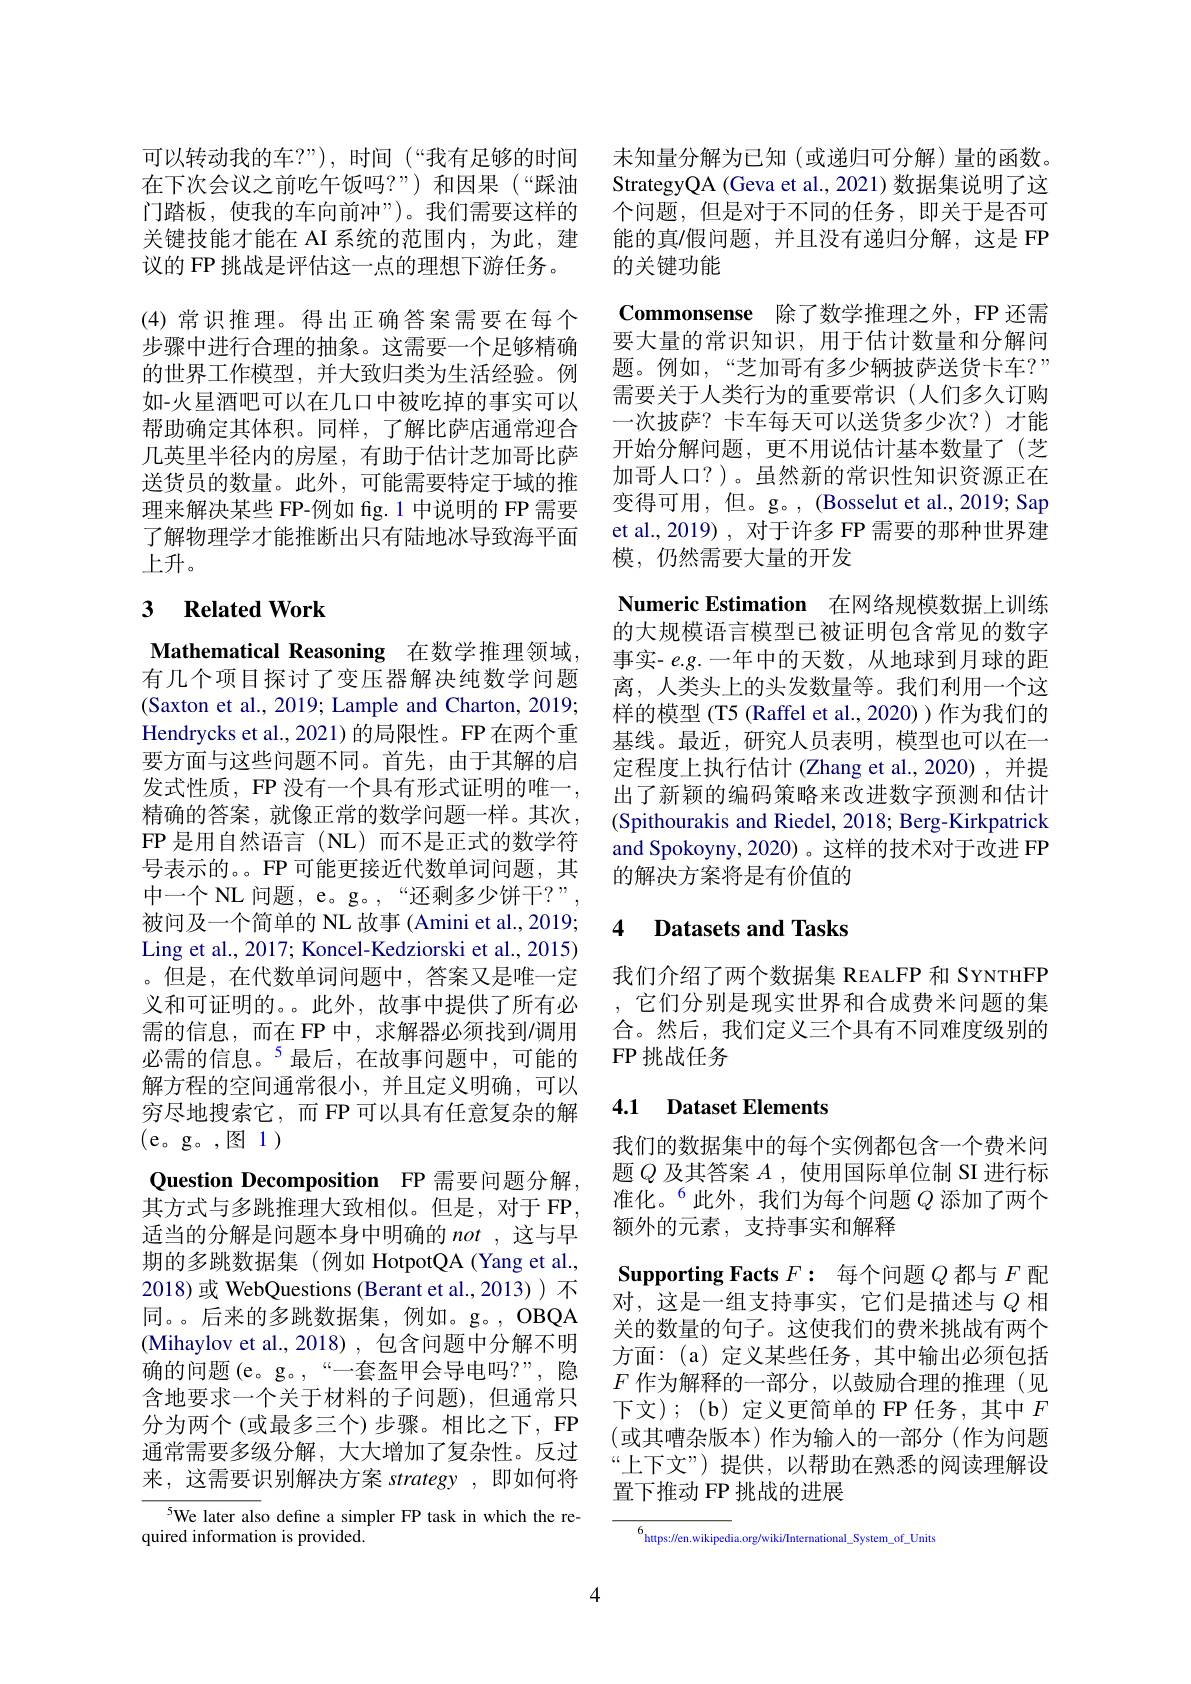
在下次会议之前吃午饭吗？”)和因果(“踩油门踏板，使我的车向前冲”)。我们需要这样的关键技能才能在 AI 系统的范围内，为此，建议的 FP 挑战是评估这一点的理想下游任务。
(4)常识推理。得出正确答案需要在每个步骤中进行合理的抽象。这需要一个足够精确的世界工作模型，并大致归类为生活经验。例如-火星酒吧可以在几口中被吃掉的事实可以帮助确定其体积。同样，了解比萨店通常迎合几英里半径内的房屋，有助于估计芝加哥比萨送货员的数量。此外，可能需要特定于域的推理来解决某些 FP-例如 fig. 1 中说明的 FP 需要了解物理学才能推断出只有陆地冰导致海平面上升。

## 3 $\textbf{Related Work}$

Mathematical Reasoning 在数学推理领域有几个项目探讨了变压器解决纯数学问题(Saxton et al., 2019; Lample and Charton, 2019; Hendrycks et al., 2021) 的局限性。FP 在两个重要方面与这些问题不同。首先，由于其解的启发式性质，FP 没有一个具有形式证明的唯一， 精确的答案，就像正常的数学问题一样。其次， FP 是用自然语言(NL)而不是正式的数学符号表示的。。FP 可能更接近代数单词问题，其中一个 NL 问题，e。g。,“还剩多少饼干？”, 被问及一个简单的 NL 故事 (Amini et al., 2019; Ling et al., 2017; Koncel-Kedziorski et al., 2015) 。但是，在代数单词问题中，答案又是唯一定义和可证明的。。此外，故事中提供了所有必需的信息，而在 FP 中，求解器必须找到/调用必需的信息。$^{5}$最后，在故事问题中，可能的解方程的空间通常很小，并且定义明确，可以穷尽地搜索它，而 FP 可以具有任意复杂的解(e。g。,图1)
Question Decomposition FP 需要问题分解其方式与多跳推理大致相似。但是，对于 FP, 适当的分解是问题本身中明确的not ,这与早期的多跳数据集(例如 HotpotQA(Yang et al., 2018)或 WebQuestions (Berant et al.,2013)) 不同。。后来的多跳数据集，例如。g。,OBQA (Mihaylov et al.,2018),包含问题中分解不明确的问题(e。g。,“一套盔甲会导电吗？”,隐含地要求一个关于材料的子问题),但通常只分为两个 (或最多三个)步骤。相比之下，FP 通常需要多级分解，大大增加了复杂性。反过来，这需要识别解决方案 strategy,即如何将
$^{5}$We later also define a simpler FP task in which the re-

quired information is provided.

4

可以转动我的车？”),时间(“我有足够的时间 未知量分解为已知(或递归可分解)量的函数。
StrategyQA (Geva et al., 2021) 数据集说明了这个问题，但是对于不同的任务，即关于是否可能的真/假问题，并且没有递归分解，这是 FP 的关键功能

Commonsense 除了数学推理之外，FP 还需要大量的常识知识，用于估计数量和分解问题。例如，“芝加哥有多少辆披萨送货卡车？” 需要关于人类行为的重要常识(人们多久订购一次披萨？卡车每天可以送货多少次？)才能开始分解问题，更不用说估计基本数量了(芝加哥人口？)。虽然新的常识性知识资源正在变得可用，但。g。, (Bosselut et al., 2019; Sap et al.,2019) , 对于许多 FP 需要的那种世界建模，仍然需要大量的开发
Numeric Estimation 在网络规模数据上训练的大规模语言模型已被证明包含常见的数字事实- $e.g.$一年中的天数，从地球到月球的距离，人类头上的头发数量等。我们利用一个这样的模型 (T5 (Raffel et al., 2020))作为我们的基线。最近，研究人员表明，模型也可以在一定程度上执行估计 (Zhang et al.,2020),并提出了新颖的编码策略来改进数字预测和估计(Spithourakis and Riedel, 2018; Berg-Kirkpatrick and Spokoyny, 2020) 。这样的技术对于改进 FP 的解决方案将是有价值的

## 4 Datasets and Tasks

我们介绍了两个数据集 REALFP 和 SYNTHFP ,它们分别是现实世界和合成费米问题的集合。然后，我们定义三个具有不同难度级别的FP 挑战任务

## 4.1 Dataset Elements

我们的数据集中的每个实例都包含一个费米问题$Q$及其答案$A$ , 使用国际单位制 SI 进行标准化。$^{6}$此外，我们为每个问题 $Q$ 添加了两个额外的元素，支持事实和解释
Supporting Facts $F:$每个问题$Q$都与$F$配对，这是一组支持事实，它们是描述与$Q$相关的数量的句子。这使我们的费米挑战有两个方面：(a)定义某些任务，其中输出必须包括$F$作为解释的一部分，以鼓励合理的推理(见下文);(b)定义更简单的 FP 任务，其中$F$ (或其嘈杂版本)作为输入的一部分(作为问题“上下文”)提供，以帮助在熟悉的阅读理解设置下推动 FP 挑战的进展

$^{6}$https://en.wikipedia.org/wiki/International\_System\_of\_Units